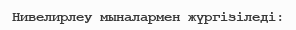
Нивелирлеу мыналармен жүргізіледі: